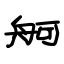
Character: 舸